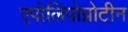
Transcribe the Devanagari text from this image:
एपोलिपोप्रोटीन